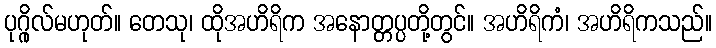
ပုဂ္ဂိုလ်မဟုတ်။ တေသု၊ ထိုအဟိရိက အနောတ္တပ္ပတို့တွင်။ အဟိရိကံ၊ အဟိရိကသည်။